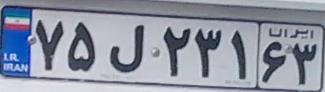
۷۵ل۲۳۱۶۳